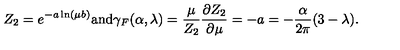
Z _ { 2 } = e ^ { - a \ln ( \mu b ) } \mathrm { a n d } \gamma _ { F } ( \alpha , \lambda ) = \frac { \mu } { Z _ { 2 } } \frac { \partial Z _ { 2 } } { \partial \mu } = - a = - \frac { \alpha } { 2 \pi } ( 3 - \lambda ) .